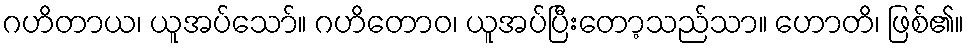
ဂဟိတာယ၊ ယူအပ်သော်။ ဂဟိတောဝ၊ ယူအပ်ပြီးတော့သည်သာ။ ဟောတိ၊ ဖြစ်၏။